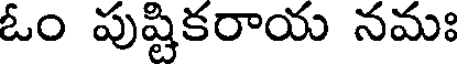
ఓం పుష్టికరాయ నమః